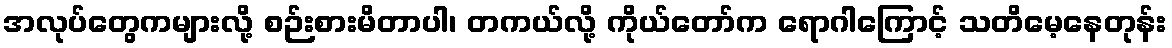
အလုပ်တွေကများလို့ စဉ်းစားမိတာပါ၊ တကယ်လို့ ကိုယ်တော်က ရောဂါကြောင့် သတိမေ့နေတုန်း